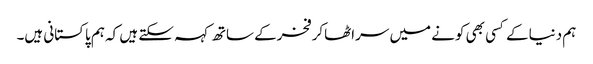
ہم دنیاکے کسی بھی کونے میں سراٹھاکرفخرکے ساتھ کہہ سکتے ہیں کہ ہم پاکستانی ہیں۔